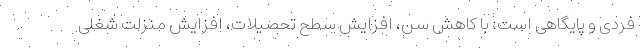
فردی و پایگاهی است: با کاهش سن، افزایش سطح تحصیلات، افزایش منزلت شغلی